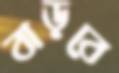
বাড়বে